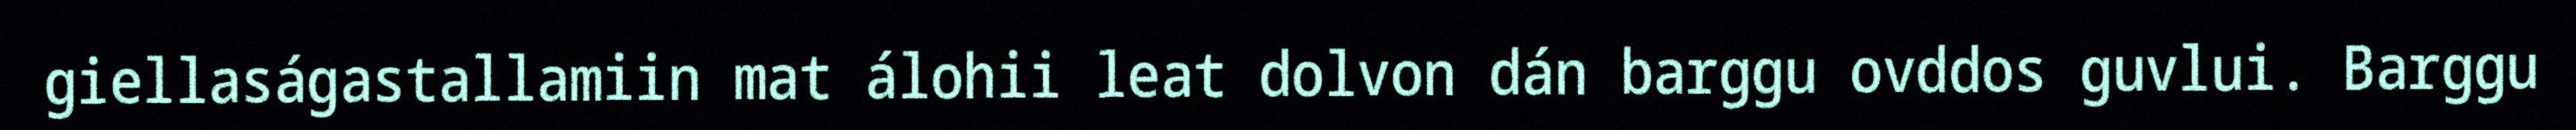
giellaságastallamiin mat álohii leat dolvon dán barggu ovddos guvlui. Barggu